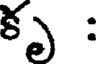
కృ :